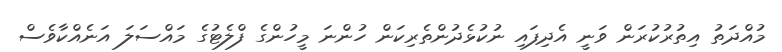
މުއްދަތު އިތުރުކުރަން ވަނީ އެދިފައި ނުކުޅެދުންތެރިކަން ހުންނަ މީހުންގެ ފްލެޓުގެ މައްސަލަ އަނެއްކާވެސް